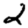
Digit: 2